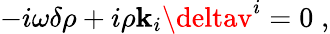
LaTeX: -i{\omega}\delta\rho+i\rho\mathbf{k}_{i}\deltav^{i}=0\; ,